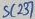
Text: SC237